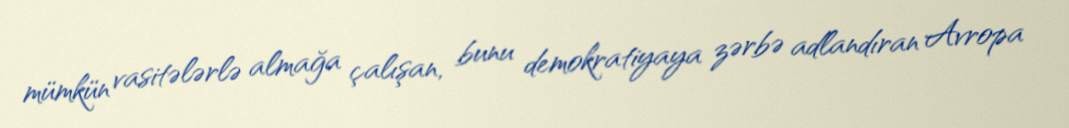
mümkün vasitələrlə almağa çalışan, bunu demokratiyaya zərbə adlandıran Avropa